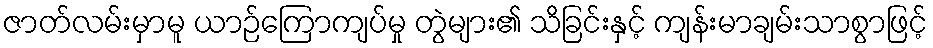
ဇာတ်လမ်းမှာမူ ယာဉ်ကြောကျပ်မှု တွဲများ၏ သိခြင်းနှင့် ကျန်းမာချမ်းသာစွာဖြင့်